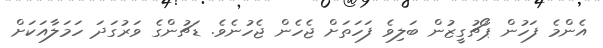
އެންމެ ފަހުން ޕޯޗުގީޒުން ބަލިވެ ފަހަތަށް ޖެހެން ޖެހުނެވެ. ޑަޗުންގެ ވަރުގަދަ ހަމަލާއަކަށް